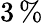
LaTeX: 3\, \%